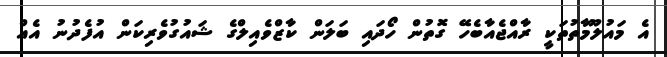
އެ މައުލޫމާތުތަަކީ ރާއްޖެއާބެހޭ ގޮތުން ހޯދައި ބަލަން ކާޒްވެއިލްގެ ޝައުގުވެރިކަން އުފެދުނު އެއް